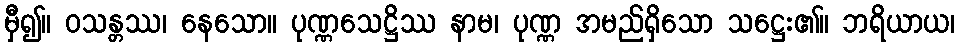
မှီ၍။ ဝသန္တဿ၊ နေသော။ ပုဏ္ဏသေဋ္ဌိဿ နာမ၊ ပုဏ္ဏ အမည်ရှိသော သဋ္ဌေး၏။ ဘရိယာယ၊